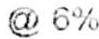
@ 6%